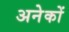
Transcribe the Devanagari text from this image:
अनेेकों